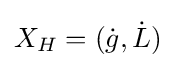
X_{H}=({\dot {g}},{\dot {L}})